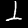
Label: 1